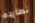
نطارده